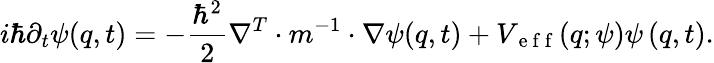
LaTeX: i\hbar\partial_{t}\psi(q,t)=-\frac{\hbar^{2}}{2}\nabla^{T}\cdot m^{-1}\cdot\nabla\psi(q,t)+V_{\mathrm{~e~f~f~}}(q;\psi)\psi\left(q,t\right).